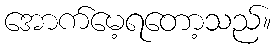
အောက်မေ့ရတော့သည်။